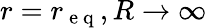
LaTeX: r=r_{\mathrm{~e~q~}},R\to\infty